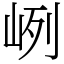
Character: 峢